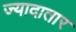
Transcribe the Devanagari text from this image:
ज्‍यादातार